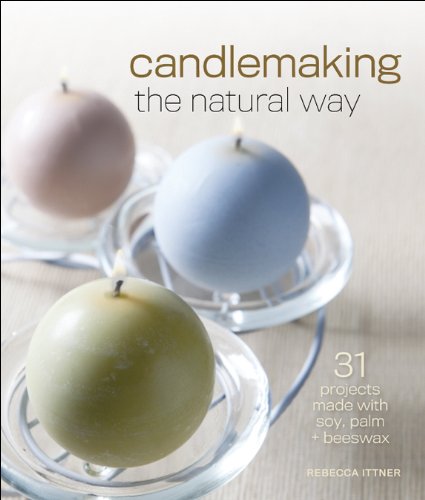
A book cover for Candlemaking the Natural Way: 31 Projects Made with Soy, Palm & Beeswax; Rebecca Ittner; Crafts, Hobbies & Home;